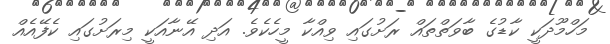
މަހްމޫދަކީ ކާޑުގެ ބާވަތްތައް ރަށުގައި ވިއްކާ މީހެކެެވެ. އަދި އޭނާއަކީ މިރަށުގައި ކެފޭއެއް